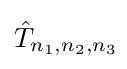
{\hat {T}}_{n_{1},n_{2},n_{3}}\!